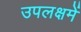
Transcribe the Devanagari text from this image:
उपलक्षमें